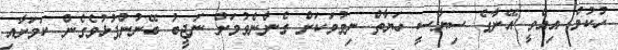
ހުކުމް އިއްވީ އޭނާގެ ސިޔާސީ ހަޔާތް ނިމުމަކަށް ގެންނެވުމަށް ނަޖީބު ބޭނުންފުޅުވެގެން ކަމަށާއި